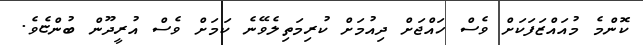
ކޮންމެ މުއައްޒަފަކަށް ވެސް ހައްޖަށް ދިއުމަށް ކުރިމަތިލެވޭނެ ކަމަށް ވެސް އުރީދޫން ބުންޏެވެ.